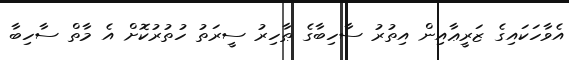
އެވާހަކައިގެ ޒަރީޢާއިން އިތުރު ސާހިބާގެ ޠާހިރު ސީރަތު ހުތުރުކޮށް އެ މާތް ސާހިބާ